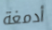
أدمغة